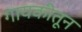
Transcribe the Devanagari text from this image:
गायकीतून